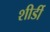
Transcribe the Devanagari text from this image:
शीर्डी